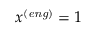
x ^ { \mathit { ( e n g ) } } = 1